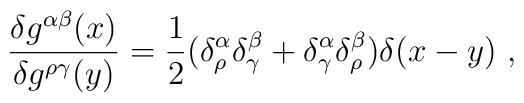
\frac{\delta g^{\alpha \beta }(x)}{\delta g^{\rho \gamma }(y)}=\frac{1}{2}(\delta ^\alpha _\rho \delta ^\beta _\gamma +\delta ^\alpha _\gamma \delta^\beta _\rho )\delta (x-y)\ ,